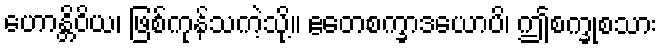
ဟောန္တိဝိယ၊ ဖြစ်ကုန်သကဲ့သို့။ ဧတေစက္ခာဒယောပိ၊ ဤစက္ခုစသား